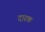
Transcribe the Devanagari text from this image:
दारक